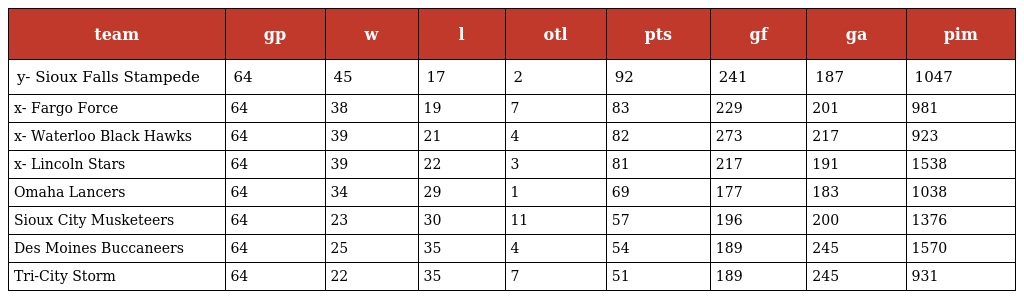
| team | gp | w | l | otl | pts | gf | ga | pim |
 | --- | --- | --- | --- | --- | --- | --- | --- | --- |
 | y- Sioux Falls Stampede | 64 | 45 | 17 | 2 | 92 | 241 | 187 | 1047 |
 | x- Fargo Force | 64 | 38 | 19 | 7 | 83 | 229 | 201 | 981 |
 | x- Waterloo Black Hawks | 64 | 39 | 21 | 4 | 82 | 273 | 217 | 923 |
 | x- Lincoln Stars | 64 | 39 | 22 | 3 | 81 | 217 | 191 | 1538 |
 | Omaha Lancers | 64 | 34 | 29 | 1 | 69 | 177 | 183 | 1038 |
 | Sioux City Musketeers | 64 | 23 | 30 | 11 | 57 | 196 | 200 | 1376 |
 | Des Moines Buccaneers | 64 | 25 | 35 | 4 | 54 | 189 | 245 | 1570 |
 | Tri-City Storm | 64 | 22 | 35 | 7 | 51 | 189 | 245 | 931 |